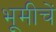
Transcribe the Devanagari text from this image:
भूमीचें